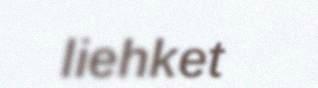
liehket